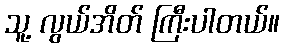
သူ့ လွယ်အိတ် ကြီးပါတယ်။